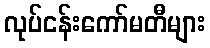
လုပ်ငန်းကော်မတီများ